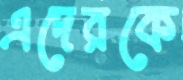
এদেরকে